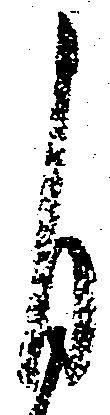
自